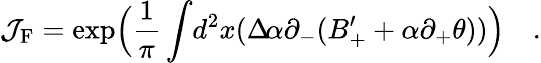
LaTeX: \mathcal{J}_{\mathrm{{{F}}}}=\exp\Bigl(\frac{{1}}{{\pi}}\int\! d^{2}x(\Delta\! \alpha\partial_{-}(B_{+}^{\prime}+\alpha\partial_{+}\theta))\Bigr)\quad.